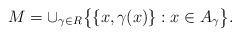
LaTeX: \begin{align*} M=\cup_{\gamma\in R} \big\{\{x,\gamma(x)\} : x\in A_\gamma\big\}.\end{align*}